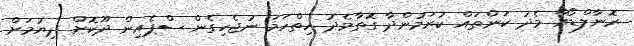
ރޮނާލްޑޯއާ މެދު ކަންތައް ކުރަމުންދާ ގޮތާމެދު ހިތްހަމަ ނުޖެހިގެން ސްޕެއިން ދޫކޮށް ދިޔުމަށް